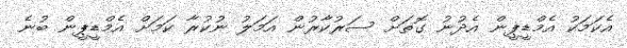
އެކަމަކު އެމްޑީޕީން އެދުނު ގޮތަށް ސަރުކާރުން އަމަލު ނުކުރާ ކަމަށް އެމްޑީޕީން ބުނެ